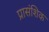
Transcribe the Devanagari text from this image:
प्रासंशिक